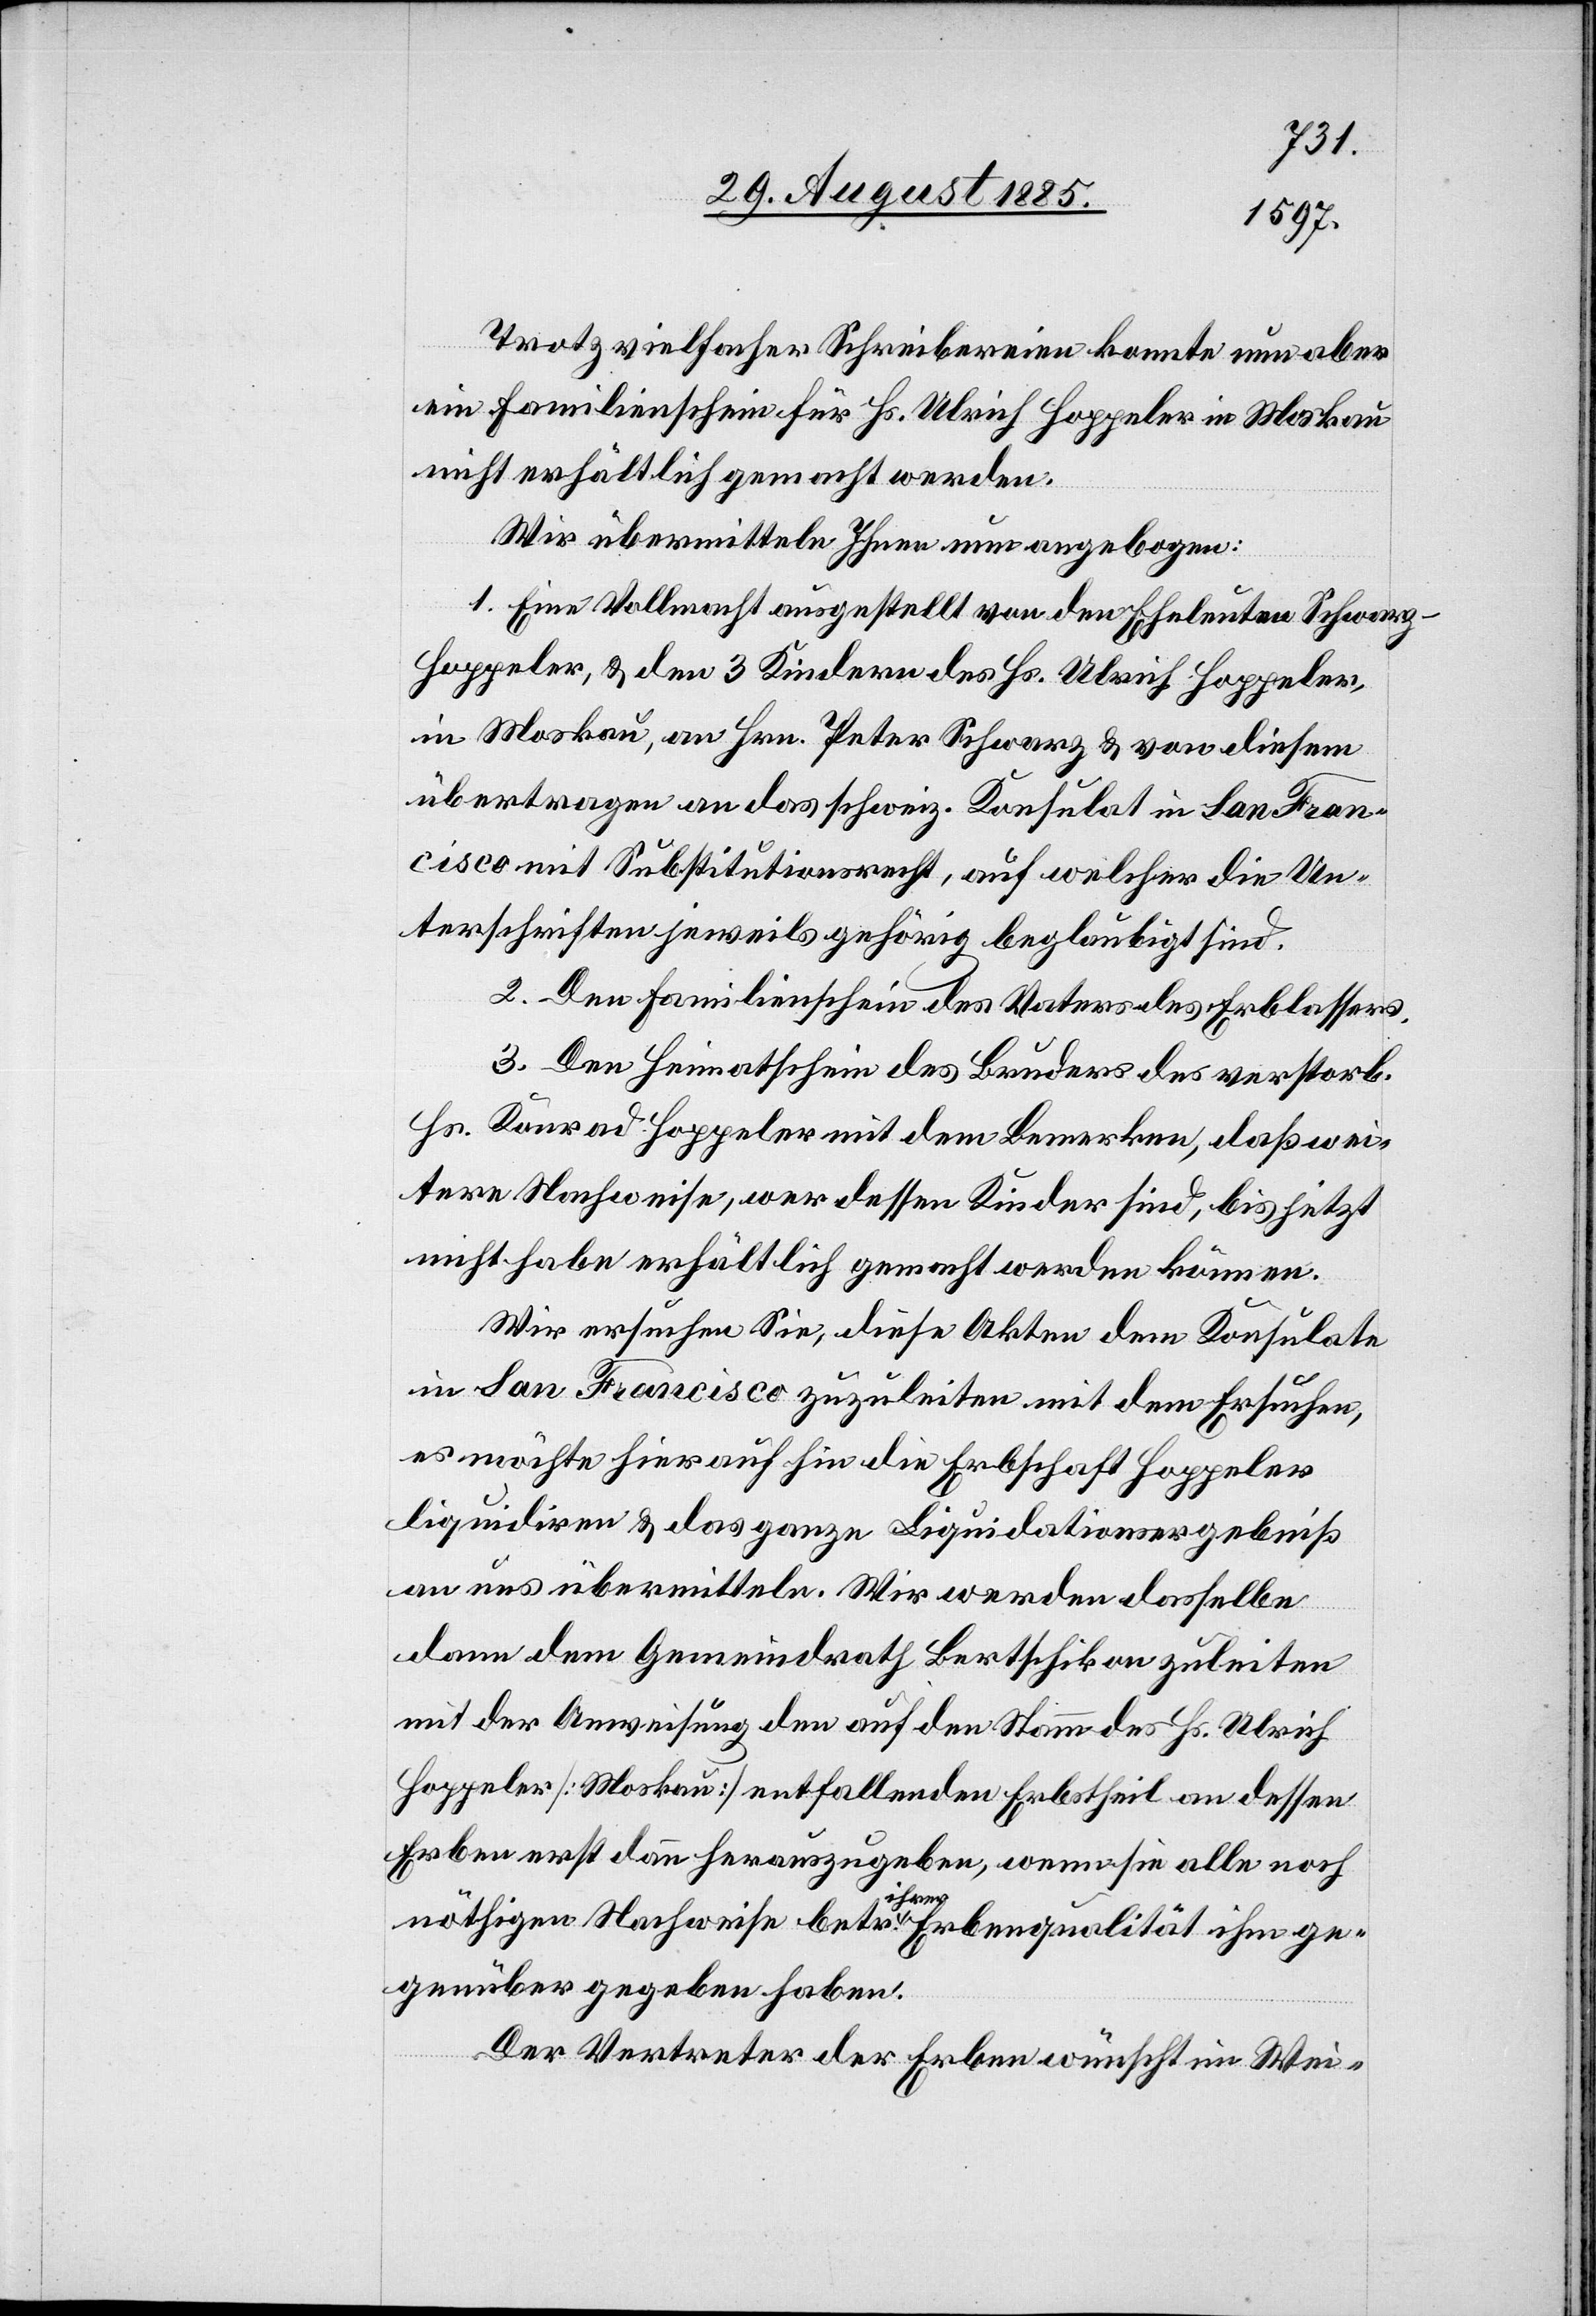
Trotz vielfacher Schreibereien konnte nun aber
ein Familienschein für Hs. Ulrich Hoppeler in Moskau
nicht erhältlich gemacht werden.
Wir übermitteln Ihnen nun angebogen:
1. Eine Vollmacht ausgestellt von den Eheleuten Schwarz-H¬
oppeler, & den 3 Kindern des Hs. Ulrich Hoppeler,
in Moskau, an Hrn. Peter Schwarz & von diesem
übertagen an das schweiz. Konsulat in San Fran¬
cisco mit Substitutionsrecht, auf welcher die Un¬
terschriften jeweils gehörig beglaubigt sind.
2. Den Familienschein des Vaters des Erblassers.
3. Den Heimatschein des Bruders des verstorb.
Hs. Konrad Hoppeler mit dem Bemerken, daß wei¬
tere Nachweise, wer dessen Kinder sind, bis jetzt
nicht habe[n] erhältlich gemacht werden können.
Wir ersuchen Sie, diese Akten dem Konsulate
in San Francisco zuzuleiten mit dem Ersuchen,
es möchte hierauf hin die Erbschaft Hoppeler
liquidiren & das ganze Liquidationsergebniß
an uns übermitteln. Wir werden dasselbe
dann dem Gemeindrath Bertschikon zuleiten
mit der Anweisung den auf den Stamm des Hs. Ulrich
Hoppeler [Moskau] entfallenden Erbstheil an dessen
Erben erst dann herauszugeben, wenn sie alle noch
nöthigen Nachweise betr. ihrer Erbenqualität ihm ge¬
genüber gegeben haben.
Der Vertreter der Erben wünscht im Wei-